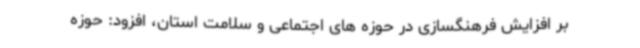
بر افزایش فرهنگسازی در حوزه های اجتماعی و سلامت استان، افزود: حوزه